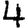
Digit: 4